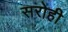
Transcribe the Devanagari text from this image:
सरोही